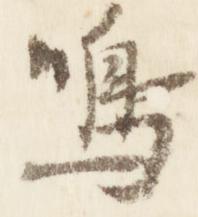
鳴